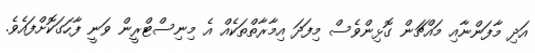
އަދި މާފަންނާއި މައްޗަން ގޮޅިންވެސް މިފަދަ އިމާރާތްތަކެއް އެ މިނިސްޓްރީން ވަނީ ފާހަގަކޮށްފައެވެ.